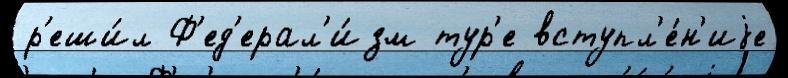
р'еши́л Ф'ед'ерал'и́зм тур'е вступл'е́н'иjе